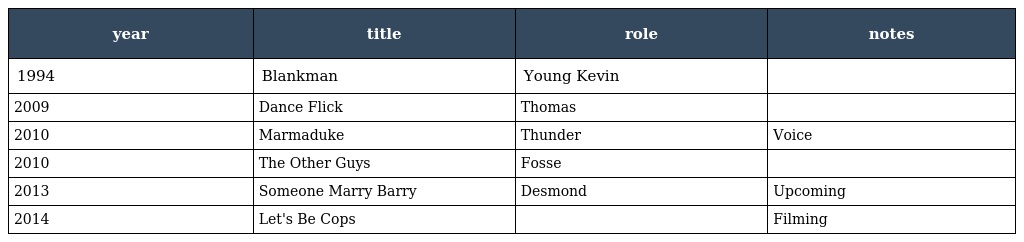
| year | title | role | notes |
 | --- | --- | --- | --- |
 | 1994 | Blankman | Young Kevin |  |
 | 2009 | Dance Flick | Thomas |  |
 | 2010 | Marmaduke | Thunder | Voice |
 | 2010 | The Other Guys | Fosse |  |
 | 2013 | Someone Marry Barry | Desmond | Upcoming |
 | 2014 | Let's Be Cops |  | Filming |